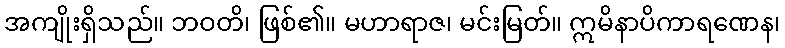
အကျိုးရှိသည်။ ဘဝတိ၊ ဖြစ်၏။ မဟာရာဇ၊ မင်းမြတ်။ ဣမိနာပိကာရဏေန၊